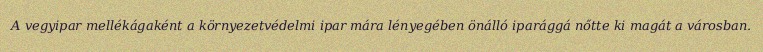
A vegyipar mellékágaként a környezetvédelmi ipar mára lényegében önálló iparággá nőtte ki magát a városban.